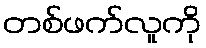
တစ်ဖက်လူကို